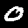
Digit: 0